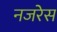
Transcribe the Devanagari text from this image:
नजरेेस